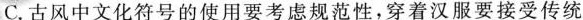
C.古风中文化符号的使用要考虑规范性，穿着汉服要接受传统